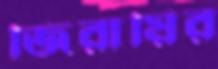
জিরায়ির